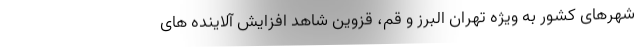
شهرهای کشور به ویژه تهران البرز و قم، قزوین شاهد افزایش آلاینده های